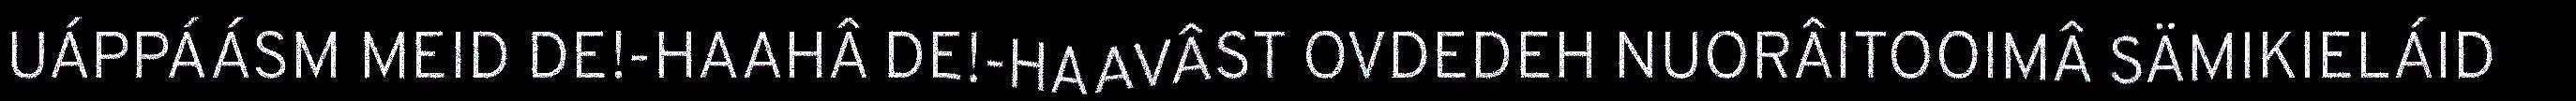
UÁPPÁÁSM MEID DE!-HAAHÂ DE!-HAAVÂST OVDEDEH NUORÂITOOIMÂ SÄMIKIELÁID